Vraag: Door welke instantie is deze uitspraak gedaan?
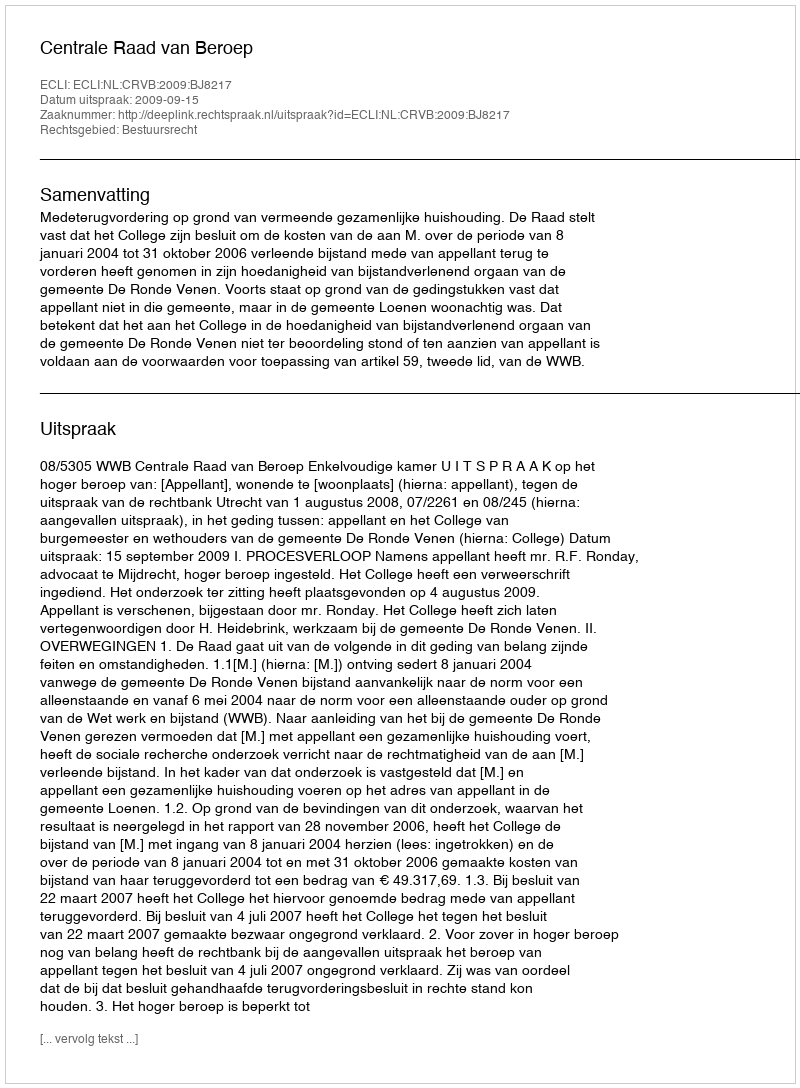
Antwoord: Centrale Raad van Beroep